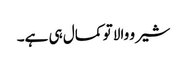
شیرو والا تو کمال ہی ہے۔